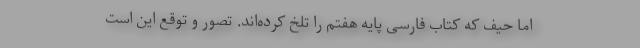
اما حیف که کتاب فارسی پایه هفتم را تلخ کرده‌اند. تصور و توقع این است